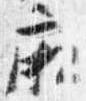
廂